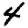
Digit: 4